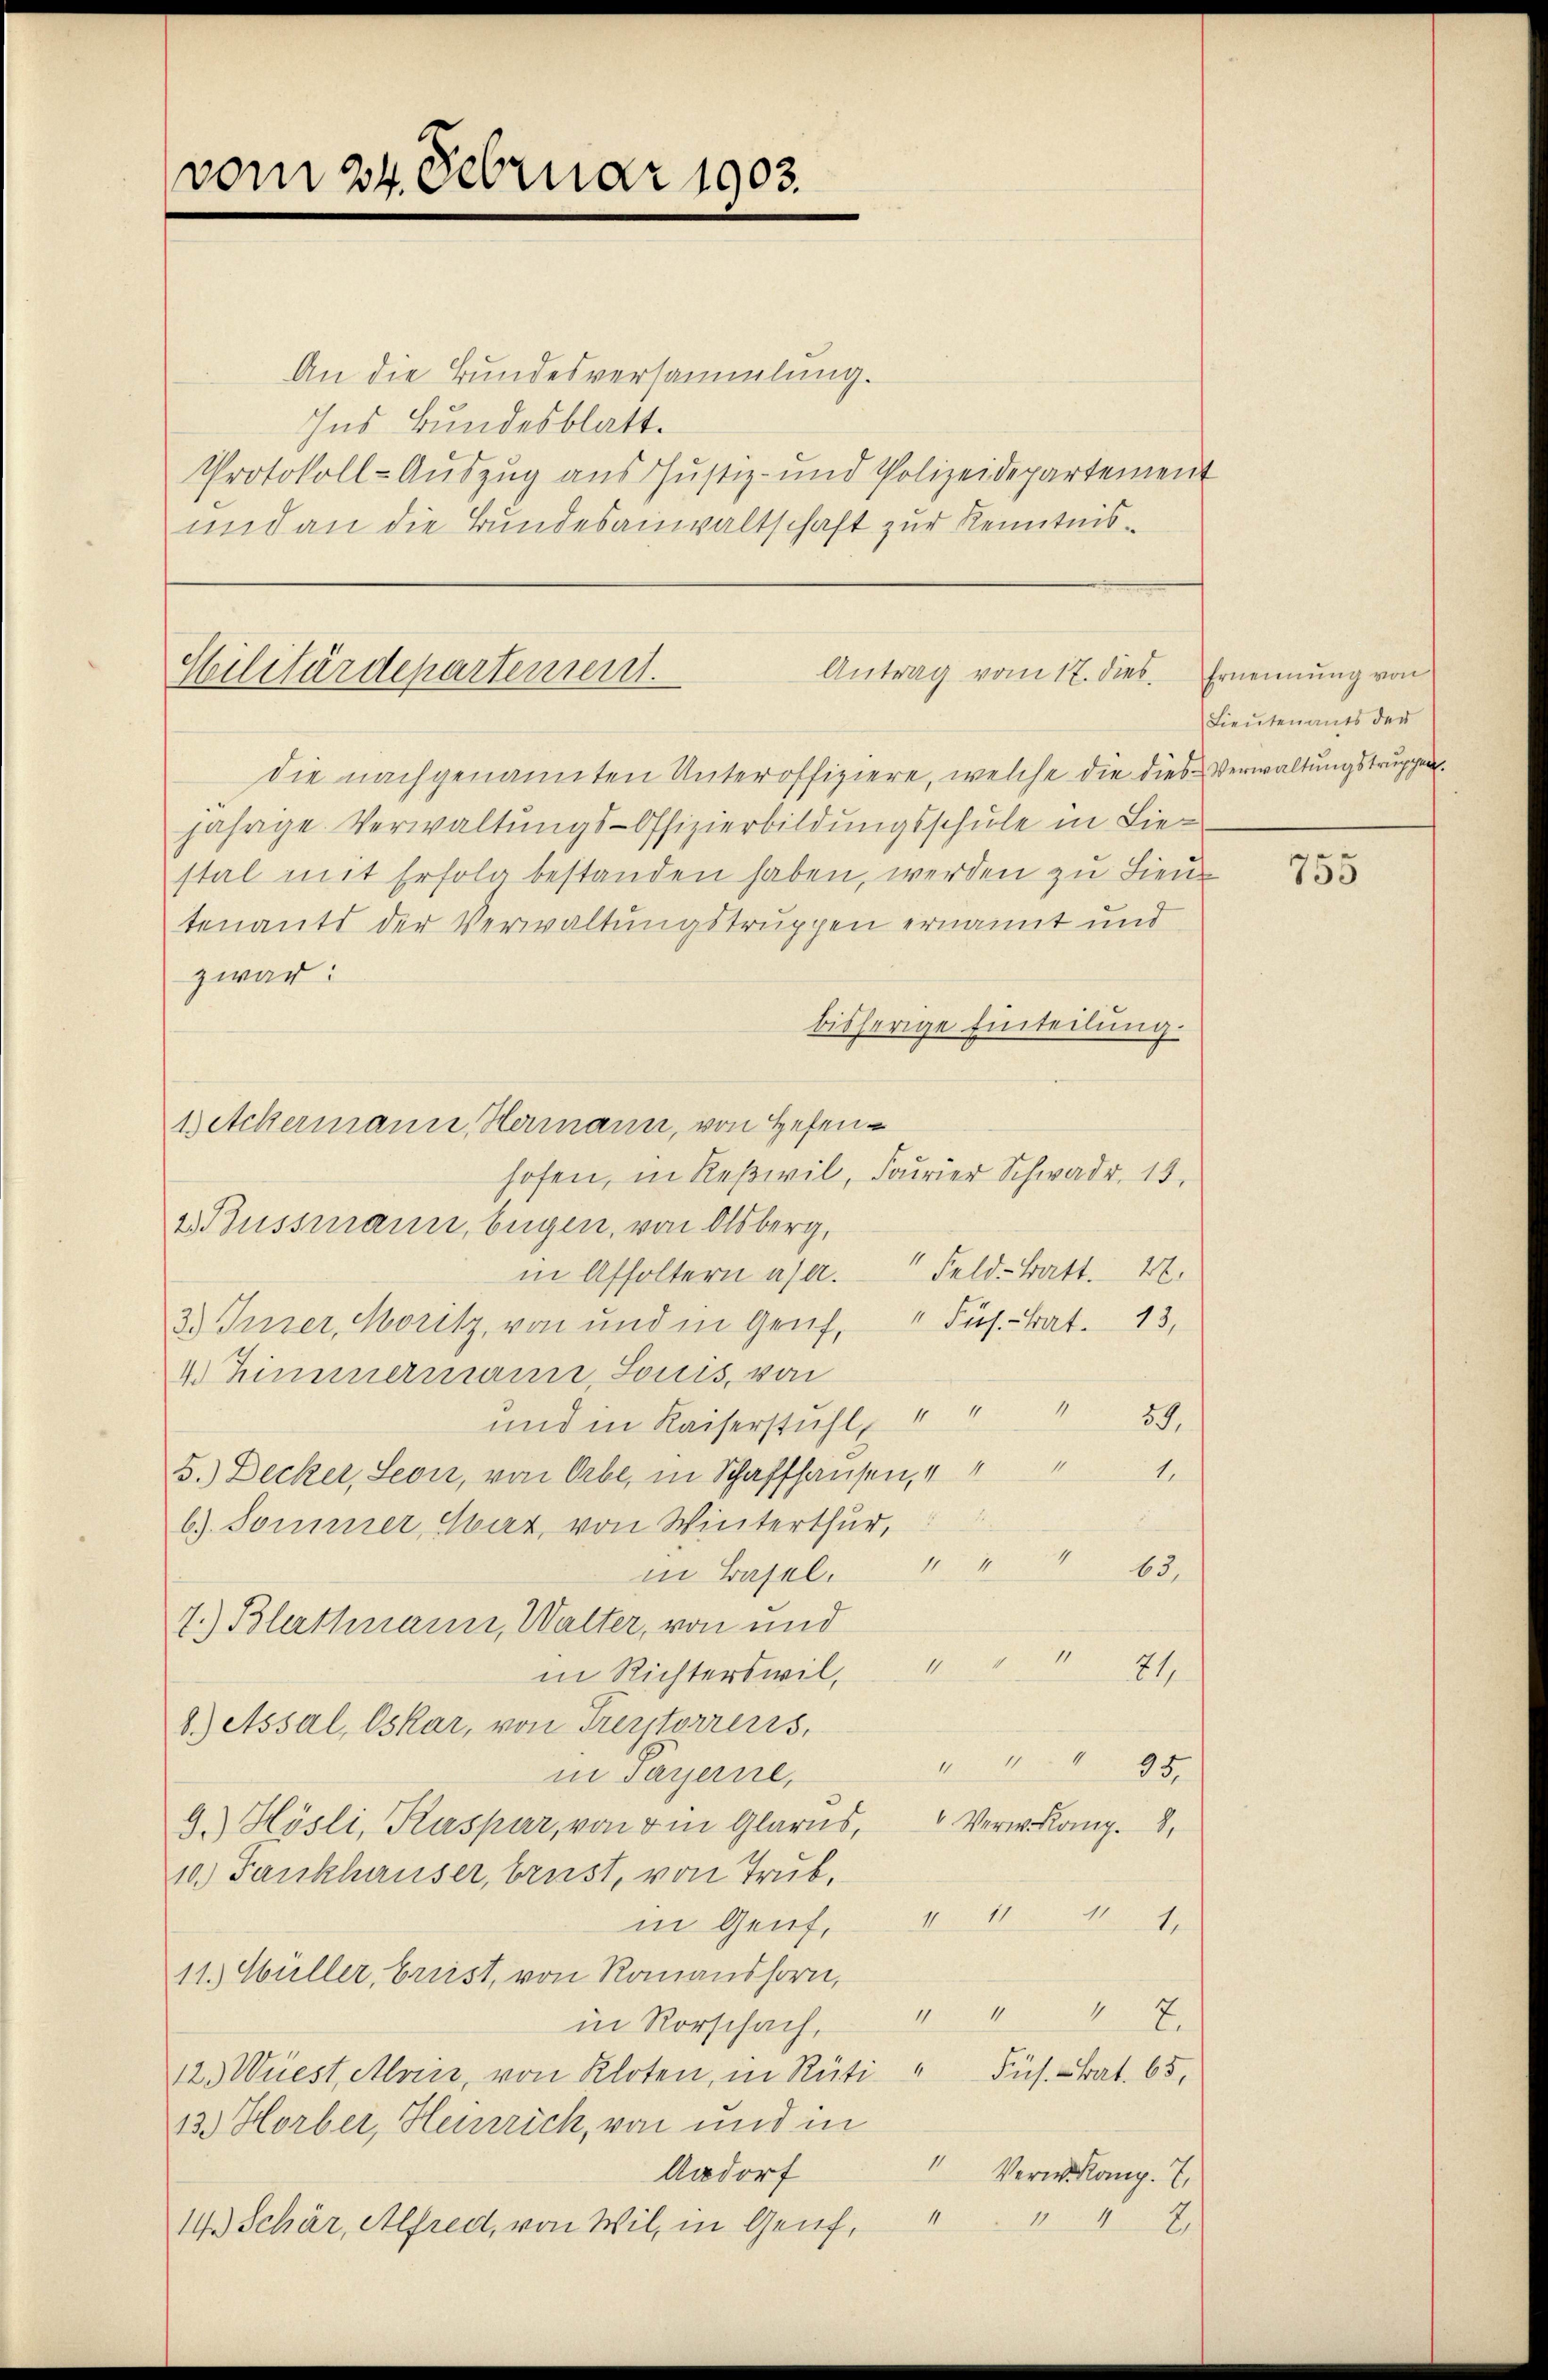
vom 24. Februar 1903.

An die Bundesversammlung.
Ins Bundesblatt.
Protokoll-Auszug aus Justiz- und Polizeidepartement
und an die Bundesanwaltschaft zur Kenntnis¬

Antrag vom 17. dieb.
Hilitärdepartement.
die nachgenannten Unteroffiziere, welche die dies Verwaltungstruppen

1 Ackermann, Hermann, von Hefen¬

jährige Verwaltungs-Offizierbildungsschule in Liestal mit Erfolg bestanden haben, werden zu Lieu
tenants der Verwaltungstruppen ernannt und
zwar:
bisherige Einteilung.
hofen, in Reswil, Fourier Schwadr, 15.
2. Bussmann, begen, von Olsberg,
in Affoltern a. a. Feld-Batt. 42.
3.) Truser, Moritz, von und in Gruf, " Fus. - Bat. 13,
4 Zimmermann, Louis, von
und in Kaiserstuhl " " " 59.
5.) Decker, Seon, von Orbe, in Schaffhausen, e
b). Sommer, Har, von Winterthur,
in Basel. " " " 63,
7.) Blathnau, Walter, von und
in Richterswil " " " 71.
8.) Assal, Oskar, von Freytorreris,
 95.
in Payerne,
9.) Hösli, Kaspar, von in Glarus, Verwang. 8.
10.) Fankhauser, brust, von Trub
in Genf, " 111 1
11.) Wüller, breist, von Romanshorn,
2
7
in Rorschach,
12.) Wüest, Alois, von Kloten, in Rüti " Füs. hat. 65,
13. Horber, Heinrich, von und in
11
Aadorf
Verkamp. 7,
14.) Schär, Alfred, von Wil, in Genf,
2.)

Ernennung von
Lieutenants der

755